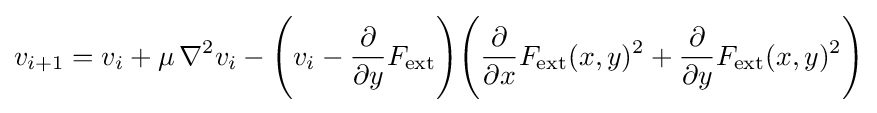
v_{i+1}=v_{i}+\mu \,\nabla ^{2}v_{i}-{\Bigg (}v_{i}-{\frac {\partial }{\partial y}}F_{\text{ext}}{\Bigg )}{\Bigg (}{\frac {\partial }{\partial x}}F_{\text{ext}}(x,y)^{2}+{\frac {\partial }{\partial y}}F_{\text{ext}}(x,y)^{2}{\Bigg )}